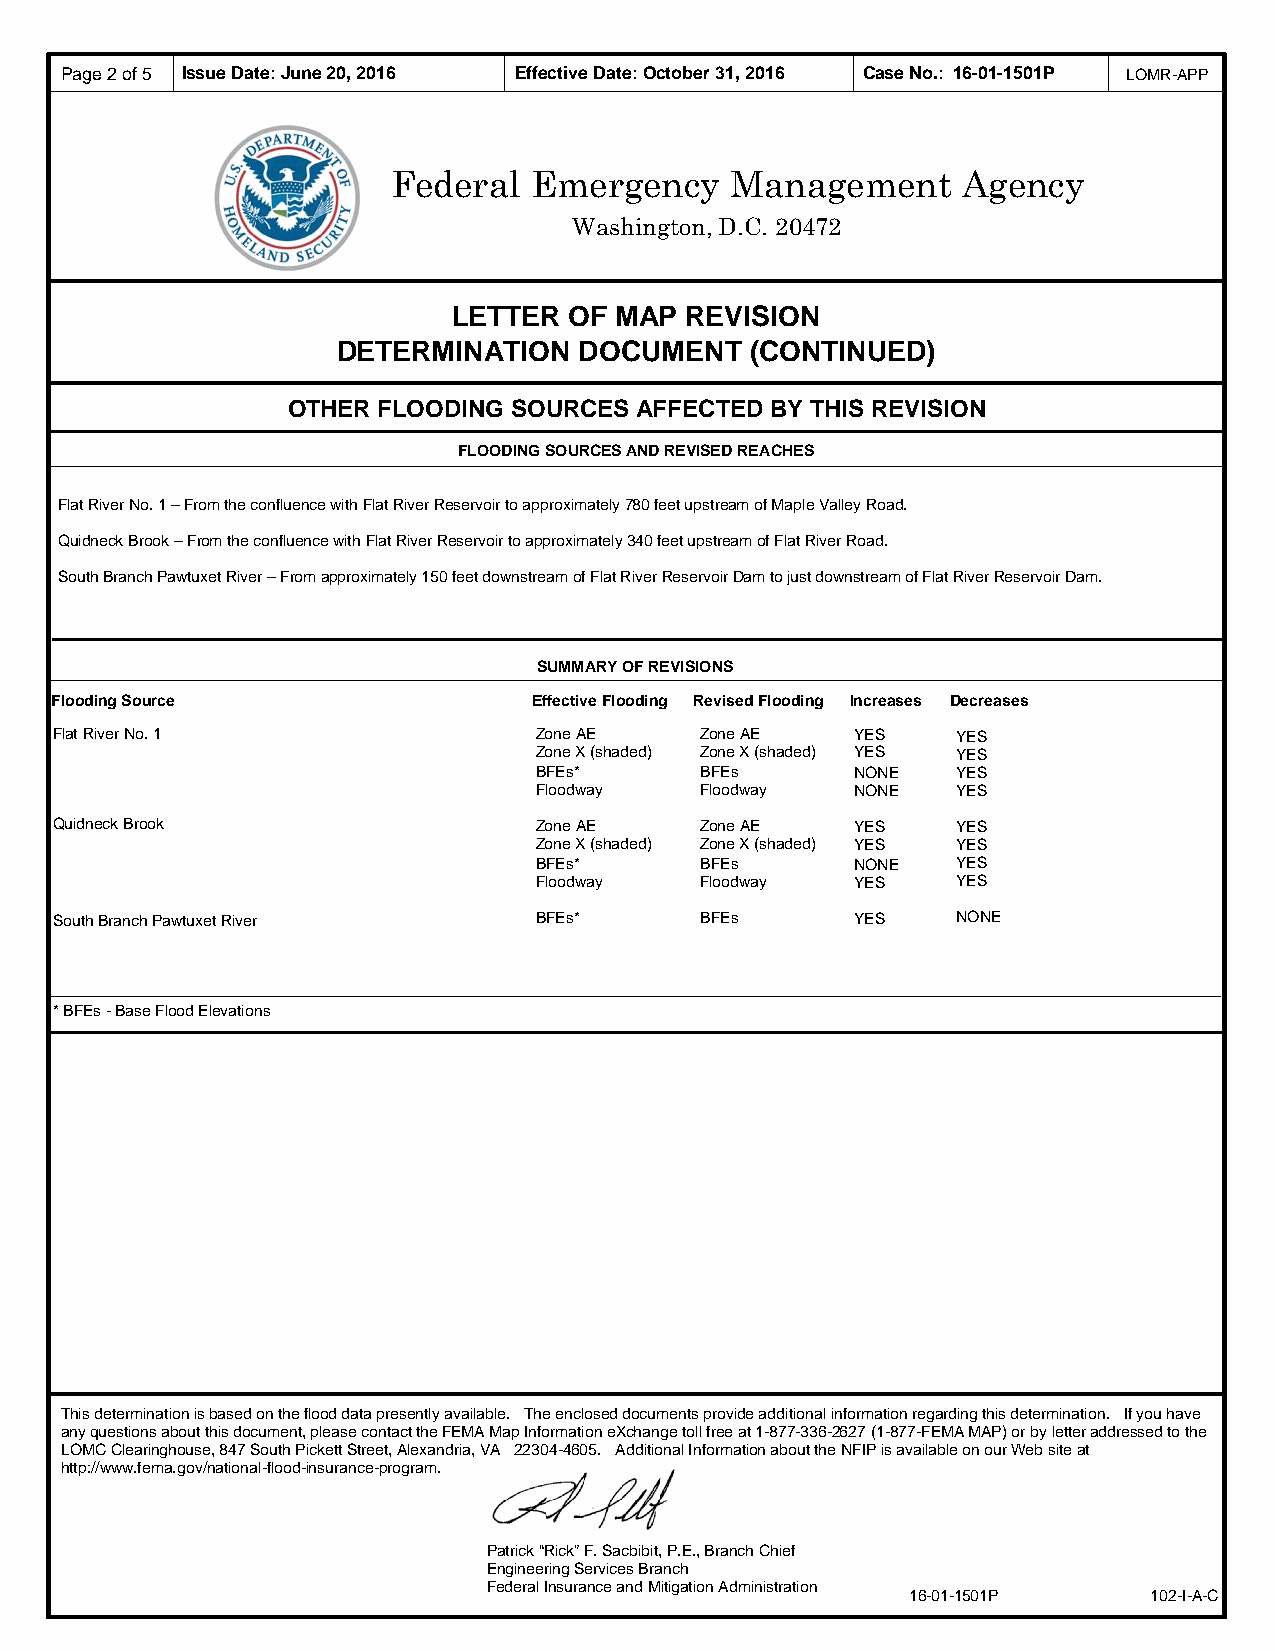
Page 2 of 5 Issue Date: June 20, 2016 Effective Date: October 31, 2016 Case No.: 1 6-01-1501P LOMR-APP
 Federal  Emergency    Management      Agency
 Washington, D.C. 20472
 LETTER  OF MAP REVISION
 DETERMINATION   DOCUMENT    (CONTINUED)
 OTHER FLOODING SOURCES AFFECTED BY THIS REVISION
 FLOODING SOURCES AND REVISED REACHES
 Flat River No. 1 – From the confluence with Flat River Reservoir to approximately 780 feet upstream of Maple Valley Road.
 Quidneck Brook – From the confluence with Flat River Reservoir to approximately 340 feet upstream of Flat River Road.
 South Branch Pawtuxet River – From approximately 150 feet downstream of Flat River Reservoir Dam to just downstream of Flat River Reservoir Dam.
 SUMMARY OF REVISIONS
 Flooding Source                 Effective Flooding Revised Flooding Increases Decreases
 Flat River No. 1                Zone AE    Zone AE    YES   YES
 Zone X (shaded) Zone X (shaded) YES YES
 BFEs*      BFEs       NONE  YES
 Floodway   Floodway   NONE  YES
 Quidneck Brook                  Zone AE    Zone AE    YES   YES
 Zone X (shaded) Zone X (shaded) YES YES
 BFEs*      BFEs       NONE  YES
 Floodway   Floodway   YES   YES
 South Branch Pawtuxet River     BFEs*      BFEs       YES   NONE
 * BFEs - Base Flood Elevations
 This determination is based on the flood data presently available. The enclosed documents provide additional information regarding this determination. If you have
 any questions about this document, please contact the FEMA Map Information eXchange toll free at 1-877-336-2627 (1-877-FEMA MAP) or by letter addressed to the
 LOMC Clearinghouse, 847 South Pickett Street, Alexandria, VA 22304-4605. Additional Information about the NFIP is available on our Web site at
 http://www.fema.gov/national-flood-insurance-program.
 Patrick “Rick” F. Sacbibit, P.E., Branch Chief
 Engineering Services Branch
 Federal Insurance and Mitigation Administration
 16-01-1501P     102-I-A-C